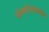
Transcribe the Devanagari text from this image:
संवर्धनाबाबत